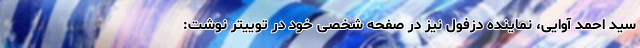
سید احمد آوایی، نماینده دزفول نیز در صفحه شخصی خود در توییتر نوشت: